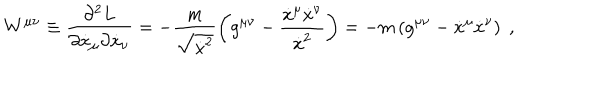
W ^ { \mu \nu } \equiv \frac { \partial ^ { 2 } L } { \partial \dot { x } _ { \mu } \partial \dot { x } _ { \nu } } = - \frac { m } { \sqrt { \dot { x } ^ { 2 } } } \left( g ^ { \mu \nu } - \frac { \dot { x } ^ { \mu } \dot { x } ^ { \nu } } { \dot { x } ^ { 2 } } \right) = - m \left( g ^ { \mu \nu } - \dot { x } ^ { \mu } \dot { x } ^ { \nu } \right) \; ,